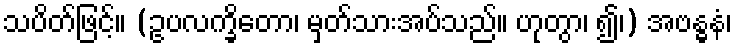
သပိတ်ဖြင့်။ (ဥပလက္ခိတော၊ မှတ်သားအပ်သည်။ ဟုတွာ၊ ၍၊) အဗန္ဓနံ၊